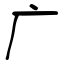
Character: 广